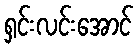
ရှင်းလင်းအောင်